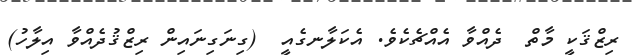
ރިޒްޤަކީ މާތް  ދެއްވާ އެއްޗެކެވެ. އެކަލާނގެއީ  (ގިނަގިނައިން ރިޒްޤުދެއްވާ އިލާހު)